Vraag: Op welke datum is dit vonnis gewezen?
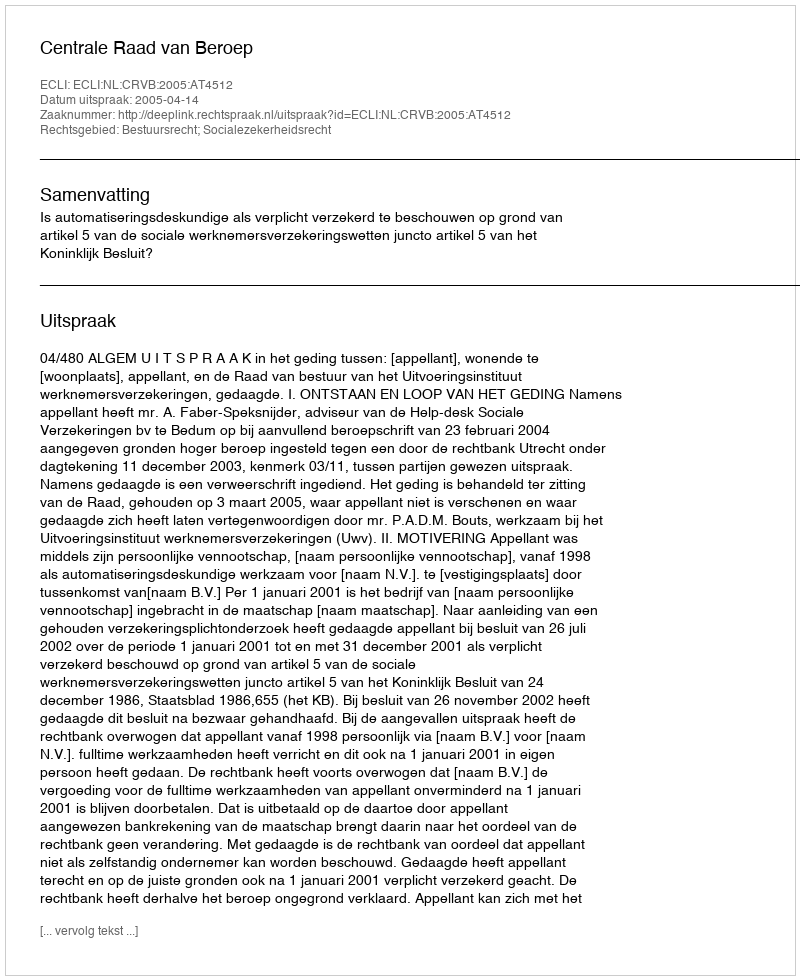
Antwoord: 2005-04-14